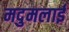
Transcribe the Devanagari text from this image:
मदुमलाई